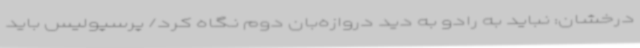
درخشان: نباید به رادو به دید دروازه‌بان دوم نگاه کرد/ پرسپولیس باید